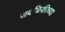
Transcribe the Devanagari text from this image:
जवळिकीच्या